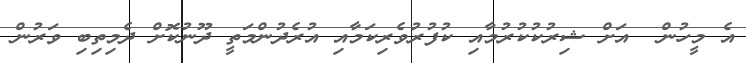
އެ މީހުން  އަށް ޝިރުކުކުރުމާއި ކުފުރުވެރިކަމާއި އުރެދުންމަތީ ދޫނުކޮށް ދެމިތިބި ވަރުން